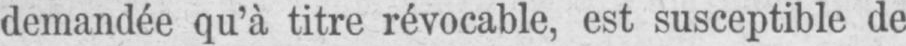
demandée qu’à titre révocable, est susceptible de